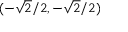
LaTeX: ( - { \sqrt { 2 } } / 2 , - { \sqrt { 2 } } / 2 )